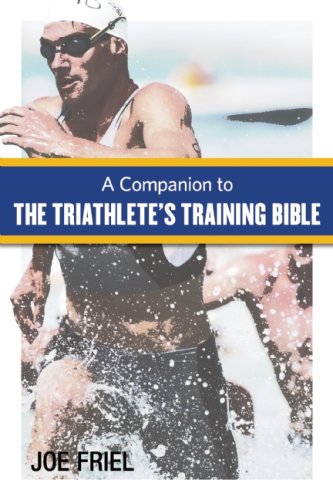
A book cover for A Companion to the Triathlete's Training Bible; Joe Friel; Health, Fitness & Dieting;